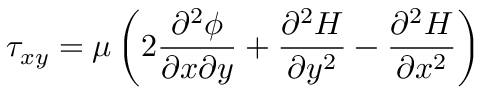
\tau _ { x y } = \mu \left( 2 \frac { \partial ^ { 2 } \phi } { \partial x \partial y } + \frac { \partial ^ { 2 } H } { \partial y ^ { 2 } } - \frac { \partial ^ { 2 } H } { \partial x ^ { 2 } } \right)